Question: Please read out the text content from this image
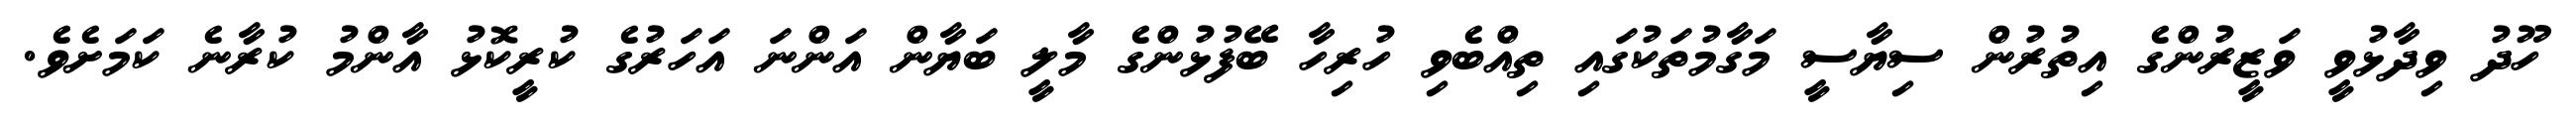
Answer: ހޫދު ވިދާޅުވީ ވަޒީރުންގެ އިތުރުން ސިޔާސީ މަގާމުތަކުގައި ތިއްބެވި ހުރިހާ ބޭފުޅުންގެ މާލީ ބަޔާން އަންނަ އަހަރުގެ ކުރީކޮޅު އާންމު ކުރާނެ ކަމަށެވެ.